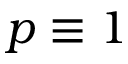
p \equiv 1